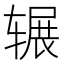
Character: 辗